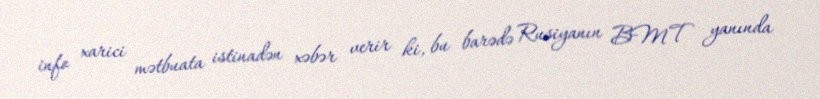
info xarici mətbuata istinadən xəbər verir ki, bu barədə Rusiyanın BMT yanında